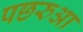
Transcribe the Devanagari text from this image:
पछरुआ